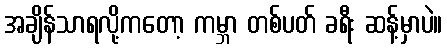
အချိန်သာရလို့ကတော့ ကမ္ဘာ တစ်ပတ် ခရီး ဆန့်မှာပဲ။